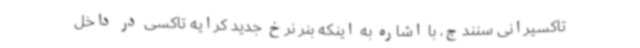
تاکسیرانی سنندج، با اشاره به اینکه بنر نرخ جدید کرایه تاکسی در داخل